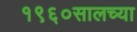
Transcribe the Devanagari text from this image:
१९६०सालच्या